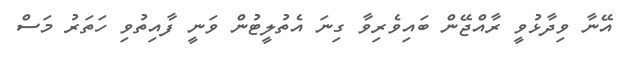
އޭނާ ވިދާޅުވީ ރާއްޖޭން ބައިވެރިވާ ގިނަ އެތުލީޓުން ވަނީ ފާއިތުވި ހަތަރު މަސް